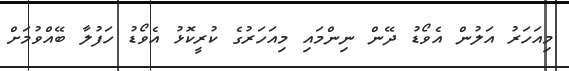
މިއަހަރު އަލުން އެވޯޑު ދޭން ނިންމައި މިއަހަރުގެ ކުރީކޮޅު އެވޯޑު ހަފުލާ ބޭއްވުމަށް